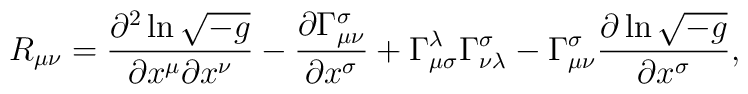
R_{\mu\nu}=\frac{\partial^2\ln\sqrt{-g}}{\partial x^\mu\partial x^\nu} -\frac{\partial \Gamma_{\mu\nu}^\sigma}{\partial x^\sigma} +\Gamma_{\mu\sigma}^\lambda\Gamma_{\nu\lambda}^\sigma -\Gamma_{\mu\nu}^\sigma\frac{\partial\ln\sqrt{-g}}{\partial x^\sigma},